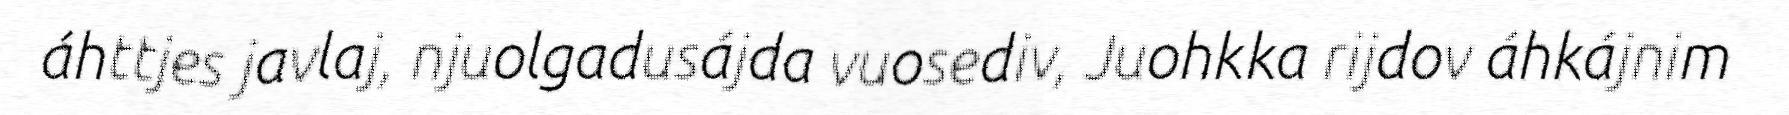
áhttjes javlaj, njuolgadusájda vuosediv, Juohkka rijdov áhkájnim